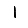
Digit: 1